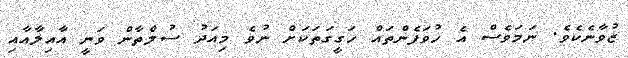
ޒުވާނެކެވެ. ނަމަވެސް އެ ހުވަފެންތައް ހަގީގަތަކަށް ނުވެ މިއަދު ސުލްތާން ވަނީ އާއިލާއާއި